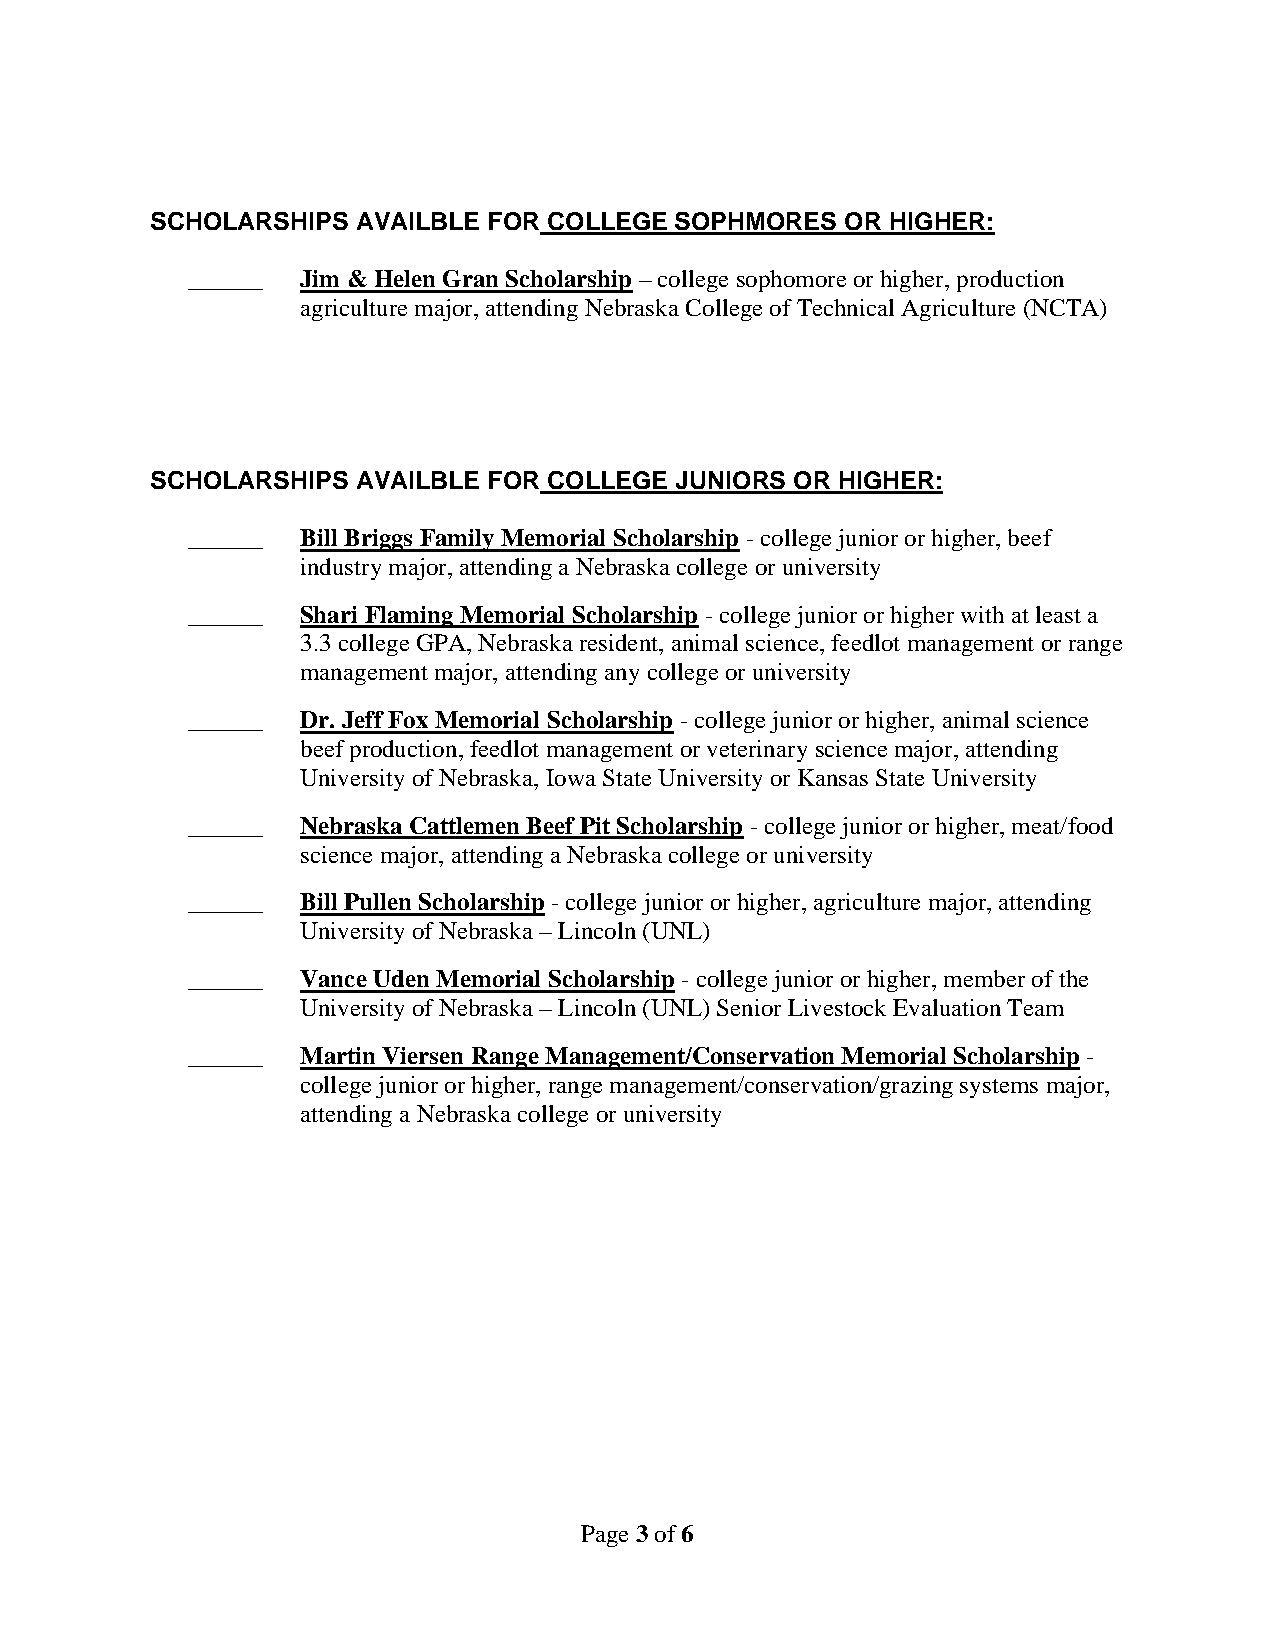
SCHOLARSHIPS  AVAILBLE FOR COLLEGE SOPHMORES  OR HIGHER:
 ______  Jim & Helen Gran Scholarship – college sophomore or higher, production
 agriculture major, attending Nebraska College of Technical Agriculture (NCTA)
 SCHOLARSHIPS  AVAILBLE FOR COLLEGE JUNIORS OR HIGHER:
 ______  Bill Briggs Family Memorial Scholarship - college junior or higher, beef
 industry major, attending a Nebraska college or university
 ______  Shari Flaming Memorial Scholarship - college junior or higher with at least a
 3.3 college GPA, Nebraska resident, animal science, feedlot management or range
 management major, attending any college or university
 ______  Dr. Jeff Fox Memorial Scholarship - college junior or higher, animal science
 beef production, feedlot management or veterinary science major, attending
 University of Nebraska, Iowa State University or Kansas State University
 ______  Nebraska Cattlemen Beef Pit Scholarship - college junior or higher, meat/food
 science major, attending a Nebraska college or university
 ______  Bill Pullen Scholarship - college junior or higher, agriculture major, attending
 University of Nebraska – Lincoln (UNL)
 ______  Vance Uden Memorial Scholarship - college junior or higher, member of the
 University of Nebraska – Lincoln (UNL) Senior Livestock Evaluation Team
 ______  Martin Viersen Range Management/Conservation Memorial Scholarship -
 college junior or higher, range management/conservation/grazing systems major,
 attending a Nebraska college or university
 Page 3 of 6